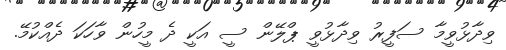
ވިދާޅުވީމާ ސަފީރު ވިދާޅުވީ ޕްލޭން ސީ އަކީ ދެ މީހުން ވާހަކަ ދެއްކުމޭ.